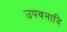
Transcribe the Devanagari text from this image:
उपवनादि